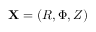
{ \bf X } = ( R , \Phi , Z )